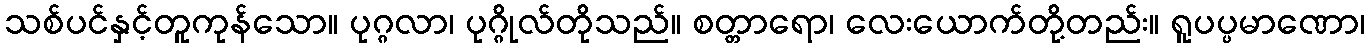
သစ်ပင်နှင့်တူကုန်သော။ ပုဂ္ဂလာ၊ ပုဂ္ဂိုလ်တိုသည်။ စတ္တာရော၊ လေးယောက်တို့တည်း။ ရူပပ္ပမာဏော၊